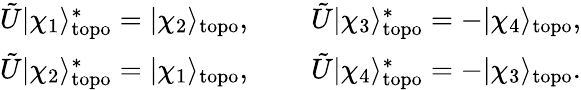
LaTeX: \begin{array}{rlr}{\tilde{U}|\chi_{1}\rangle_{\mathrm{topo}}^{*}=|\chi_{2}\rangle_{\mathrm{topo}},}&{\ }&{\tilde{U}|\chi_{3}\rangle_{\mathrm{topo}}^{*}=-|\chi_{4}\rangle_{\mathrm{topo}},}\\ {\tilde{U}|\chi_{2}\rangle_{\mathrm{topo}}^{*}=|\chi_{1}\rangle_{\mathrm{topo}},}&{\ }&{\tilde{U}|\chi_{4}\rangle_{\mathrm{topo}}^{*}=-|\chi_{3}\rangle_{\mathrm{topo}}.}\end{array}